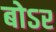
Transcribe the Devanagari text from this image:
बोऽर